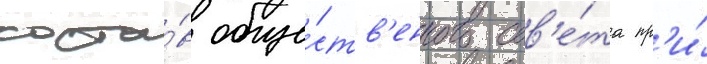
соста́в обще́ств'енного сов'е́та пр'и́